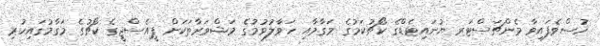
ހުސްވެފައިވާ މެންޗަސްޓަރ ޔުނައިޓެޑްގެ ކޯޗުކަމުގެ މަގާމާއި ހަވާލުވުމުގެ މަޝްވަރާތަކަށް ޕީއެސްޖީގެ ކޯޗުގެ މަގާމުގައިހުރި